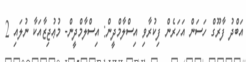
އަބްދު ފާރޫގް ހަސަން އަހަރެން ފިކުރާވި އިސްލާމްދީން: އިސްލާމްދީން- މުޢުޖިޒާއަކާ ނުލައި 2